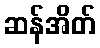
ဆန်အိတ်